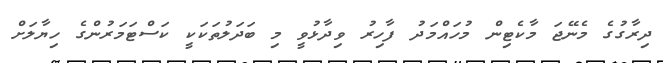
ދިރާގުގެ މެނޭޖަ މާކެޓިން މުހައްމަދު ފާހިރު ވިދާޅުވީ މި ބަދަލުތަކަކީ ކަސްޓަމަރުންގެ ހިޔާލަށް